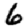
Digit: 6